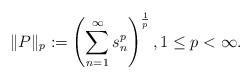
LaTeX: \begin{align*}\| P\|_{p}:=\left(\sum_{n=1}^{\infty}s_{n}^{p}\right)^{\frac{1}{p}}, 1\leq p <\infty.\end{align*}